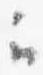
云